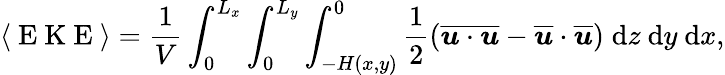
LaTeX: \langle\mathrm{~E~K~E~}\rangle=\frac{1}{V}\int_{0}^{L_{x}}\int_{0}^{L_{y}}\int_{-H(x,y)}^{0}\frac{1}{2}\left(\overline{{\boldsymbol{u}\cdot\boldsymbol{u}}}-\overline{{\boldsymbol{u}}}\cdot\overline{{\boldsymbol{u}}}\right)\; \mathrm{d}z\ \mathrm{d}y\ \mathrm{d}x,